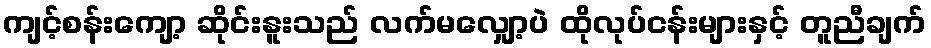
ကျင့်စန်းကျော့ ဆိုင်းနူးသည် လက်မလျှော့ပဲ ထိုလုပ်ငန်းများနှင့် တူညီချက်